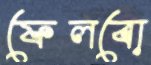
ফেলবো